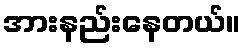
အားနည်းနေတယ်။